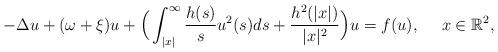
LaTeX: \begin{align*}-\Delta u+(\omega+\xi)u+\Big(\int_{|x|}^{\infty}\frac{h(s)}{s}u^{2}(s)ds+\frac{h^{2}(|x|)}{|x|^{2}}\Big)u=f(u),\ \ \ \ x\in\mathbb{R}^{2},\end{align*}